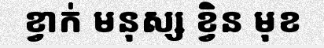
ខ្វាក់ មនុស្ស ខ្វិន មុខ